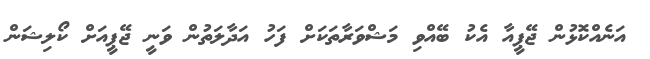
އަނެއްކޮޅުން ޖޭޕީއާ އެކު ބޭއްވި މަޝްވަރާތަކަށް ފަހު އަދާލަތުން ވަނީ ޖޭޕީއަށް ކޯލިޝަން